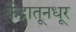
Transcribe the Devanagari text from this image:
केंद्रातूनधूर